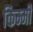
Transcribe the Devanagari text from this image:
किम्मी